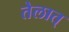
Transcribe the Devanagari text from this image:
तेलात्